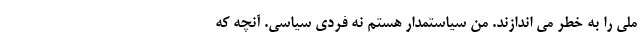
ملی را به خطر می اندازند. من سیاستمدار هستم نه فردی سیاسی. آنچه که